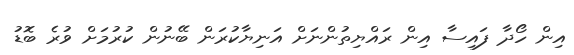
އިން ހޯދާ ފައިސާ އިން ރައްޔިތުންނަށް އަނިޔާކުރަން ބޭނުން ކުރުމަށް ވުރެ ބޮޑު